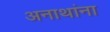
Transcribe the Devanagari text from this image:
अनाथांना